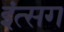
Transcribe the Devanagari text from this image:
इंत्सग